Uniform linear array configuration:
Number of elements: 64
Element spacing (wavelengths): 0.25
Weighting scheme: hann
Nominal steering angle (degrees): -45
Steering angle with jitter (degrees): -46.014
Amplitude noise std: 0.05
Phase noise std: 0.05

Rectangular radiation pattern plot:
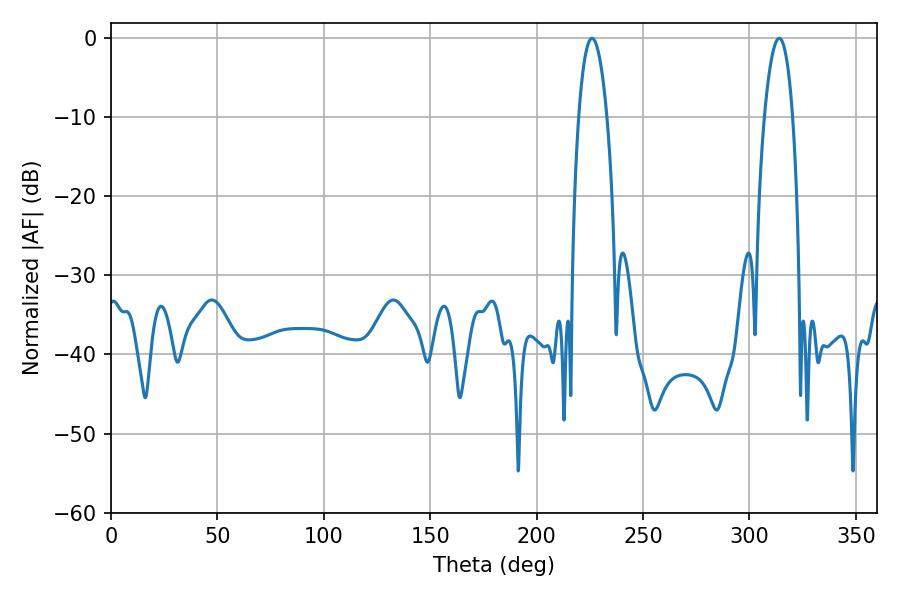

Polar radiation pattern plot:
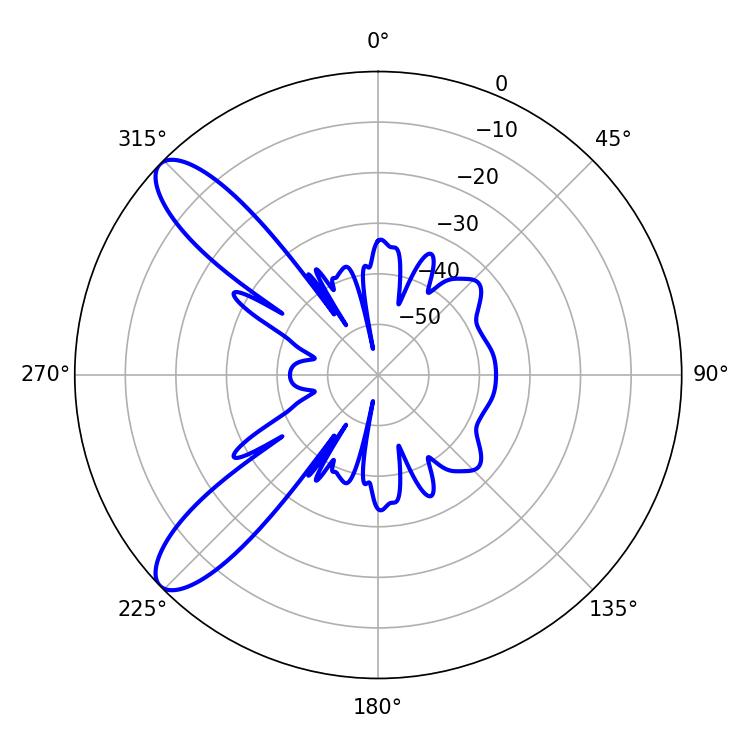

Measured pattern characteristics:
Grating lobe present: FALSE
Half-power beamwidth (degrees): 7.38
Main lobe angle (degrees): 226.08